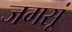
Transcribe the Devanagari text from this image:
जगसूं